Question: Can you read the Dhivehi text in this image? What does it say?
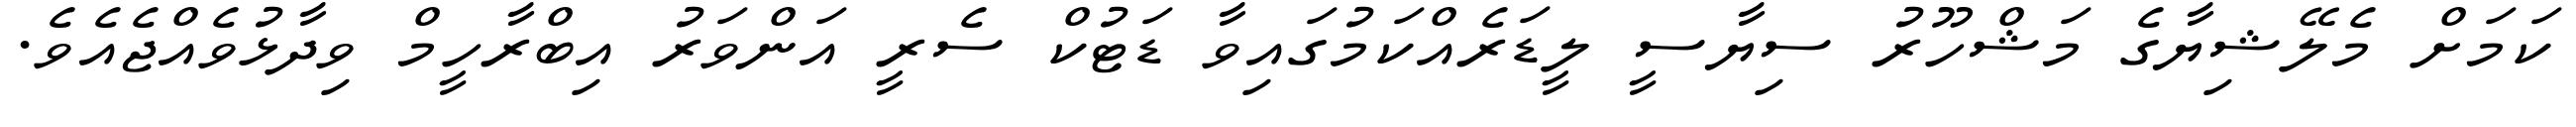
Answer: ކަމަށް މެލޭޝިޔާގެ މަޝްހޫރު ސިޔާސީ ލީޑަރެއްކަމުގައިވާ ޑަޓުކް ސެރީ އަންވަރު އިބްރާހީމް ވިދާޅުވެއްޖެއެވެ.